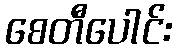
စေတီပေါင်း